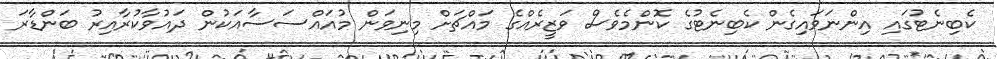
ކެބިނެޓުގައި އިންނަވައިގެން ކެބިނެޓުގެ ކޮންމެވެސް ވަޒީރެއްގެ މައްޗަށް މިނިވަން މުއައްސަސާއަކުން ދައުވާކުރާއިރު ބަންޑާރަ